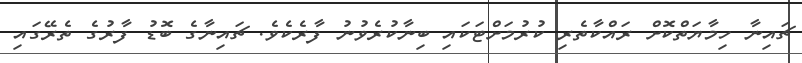
ޗައިނާ ހިމާޔަތްކޮށް ރައްކާތެރި ކުރުމަށްޓަކައި ބިނާކުރެވުނު ފާރެކެވެ. ޗައިނާގެ ބޮޑު ފާރުގެ ތެރޭގައި